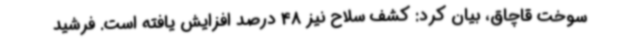
سوخت قاچاق، بیان کرد: کشف سلاح نیز 48 درصد افزایش یافته است. فرشید